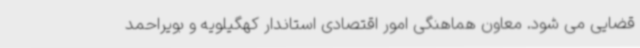
قضایی می شود. معاون هماهنگی امور اقتصادی استاندار کهگیلویه و بویراحمد